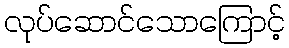
လုပ်ဆောင်သောကြောင့်